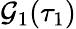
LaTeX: \mathcal{G}_{1}(\tau_{1})